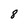
Character: 8